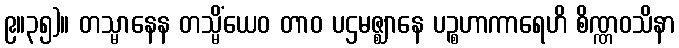
၉။၃၅)။ တသ္မာနေန တသ္မိံယေဝ တာဝ ပဌမဇ္ဈာနေ ပဉ္စဟာကာရေဟိ စိဏ္ဏဝသိနာ